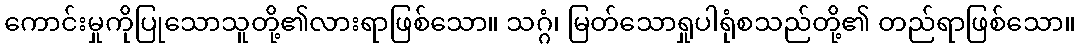
ကောင်းမှုကိုပြုသောသူတို့၏လားရာဖြစ်သော။ သဂ္ဂံ၊ မြတ်သောရှုပါရုံစသည်တို့၏ တည်ရာဖြစ်သော။